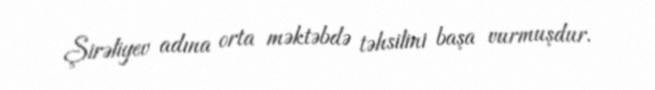
Şirəliyev adına orta məktəbdə təhsilini başa vurmuşdur.